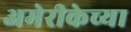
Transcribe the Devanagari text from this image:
अमेरीकेच्या